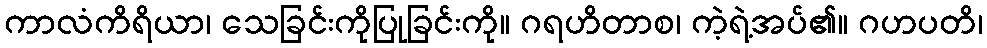
ကာလံကိရိယာ၊ သေခြင်းကိုပြုခြင်းကို။ ဂရဟိတာစ၊ ကဲ့ရဲ့အပ်၏။ ဂဟပတိ၊